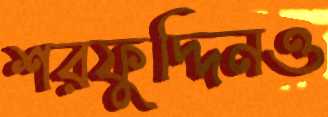
শরফুদ্দিনও